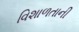
વિશાળતાની